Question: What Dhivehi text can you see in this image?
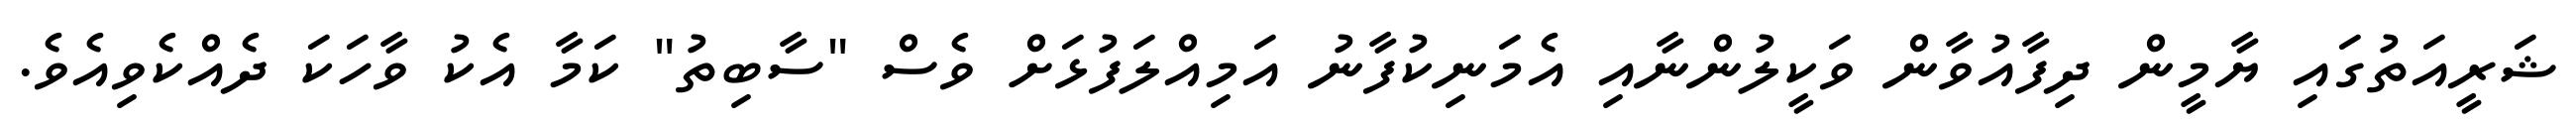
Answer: ޝަރީއަތުގައި ޔާމީން ދިފާއުވާން ވަކީލުންނާއި އެމަނިކުފާނު އަމިއްލަފުޅަށް ވެސް "ސާބިތު" ކަމާ އެކު ވާހަކަ ދެއްކެވިއެވެ.